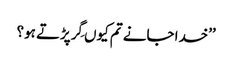
’’خدا جانے تم کیوں گِرپڑتے ہو؟